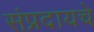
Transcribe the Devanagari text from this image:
संप्रदायचे